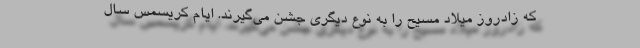
که زادروز میلاد مسیح را به نوع دیگری جشن می‌گیرند. ایام کریسمس سال